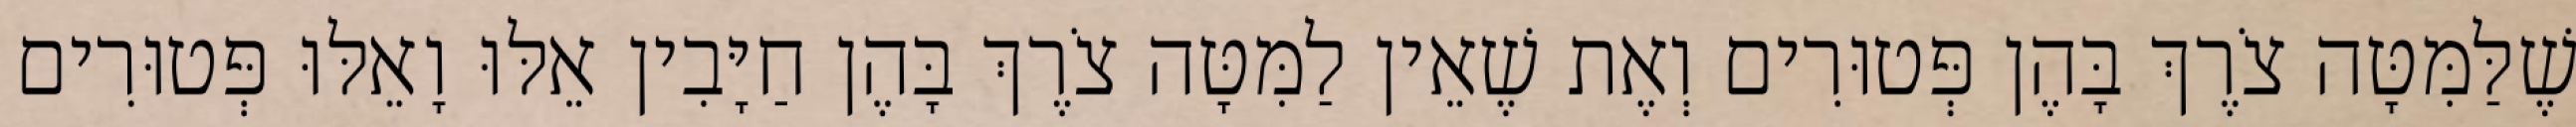
שֶׁלַּמִּטָּה צֹרֶךְ בָּהֶן פְּטוּרִים וְאֶת שֶׁאֵין לַמִּטָּה צֹרֶךְ בָּהֶן חַיָּבִין אֵלּוּ וָאֵלּוּ פְּטוּרִים